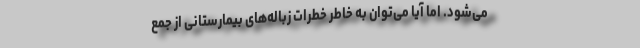
می‌شود. اما آیا می‌توان به خاطر خطرات زباله‌های بیمارستانی از جمع